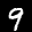
Label: 9